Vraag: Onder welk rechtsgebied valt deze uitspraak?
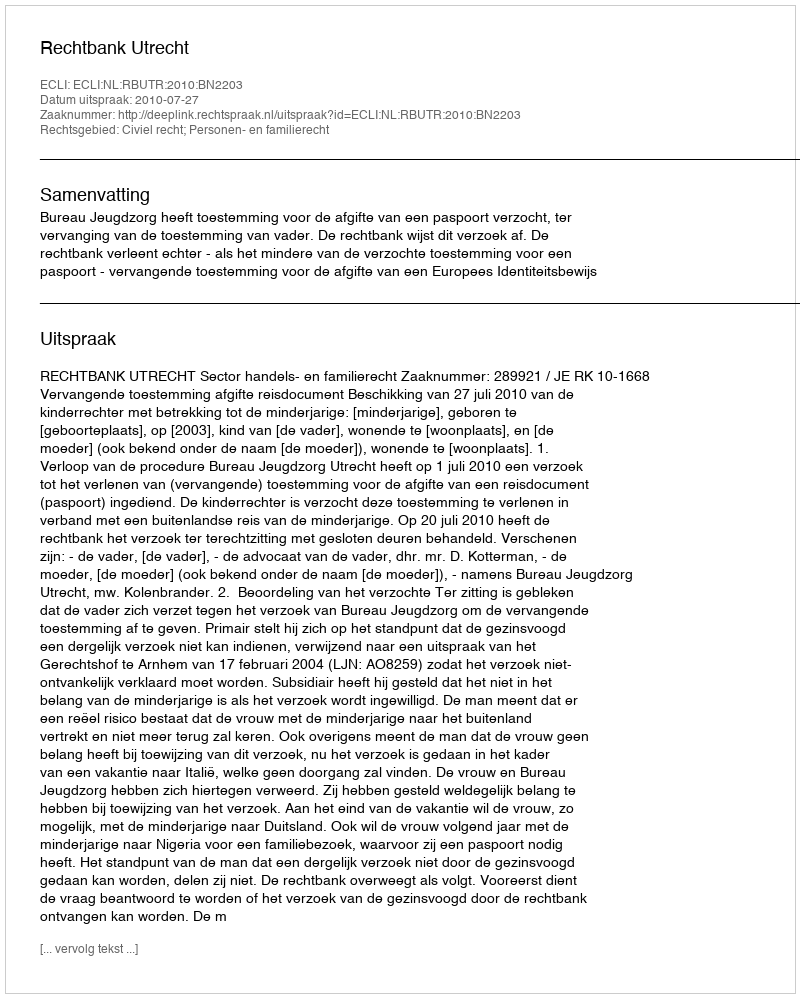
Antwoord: Civiel recht; Personen- en familierecht